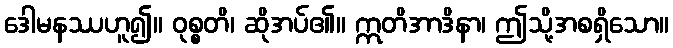
ဒေါမနဿဟူ၍။ ဝုစ္စတိ၊ ဆိုအပ်၏။ ဣတိအာဒိနာ၊ ဤသို့အစရှိသော။